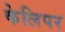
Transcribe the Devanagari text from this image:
केलिपर